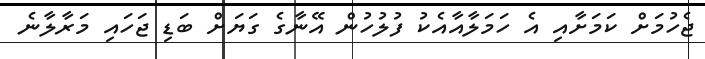
ޖެހުމަށް ކަމަށާއި އެ ހަމަލާއާއެކު ފުލުހުން އޭނާގެ ގަޔަށް ބަޑި ޖަހައި މަރާލާނެ